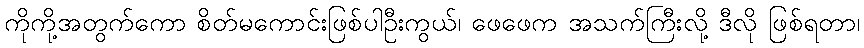
ကိုကို့အတွက်ကော စိတ်မကောင်းဖြစ်ပါဦးကွယ်၊ ဖေဖေက အသက်ကြီးလို့ ဒီလို ဖြစ်ရတာ၊